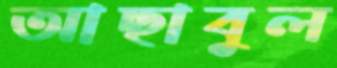
আছাবুল